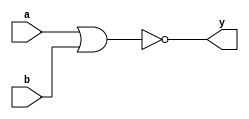
module norgatee ( a ,b ,y );

input a ;
wire a ;
input b ;
wire b ;
output y ;
wire y ;
assign y = ~(a|b) ;

endmodule